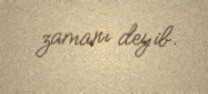
zamanı deyib.